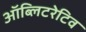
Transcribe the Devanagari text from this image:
ऑब्लिटरेटिव